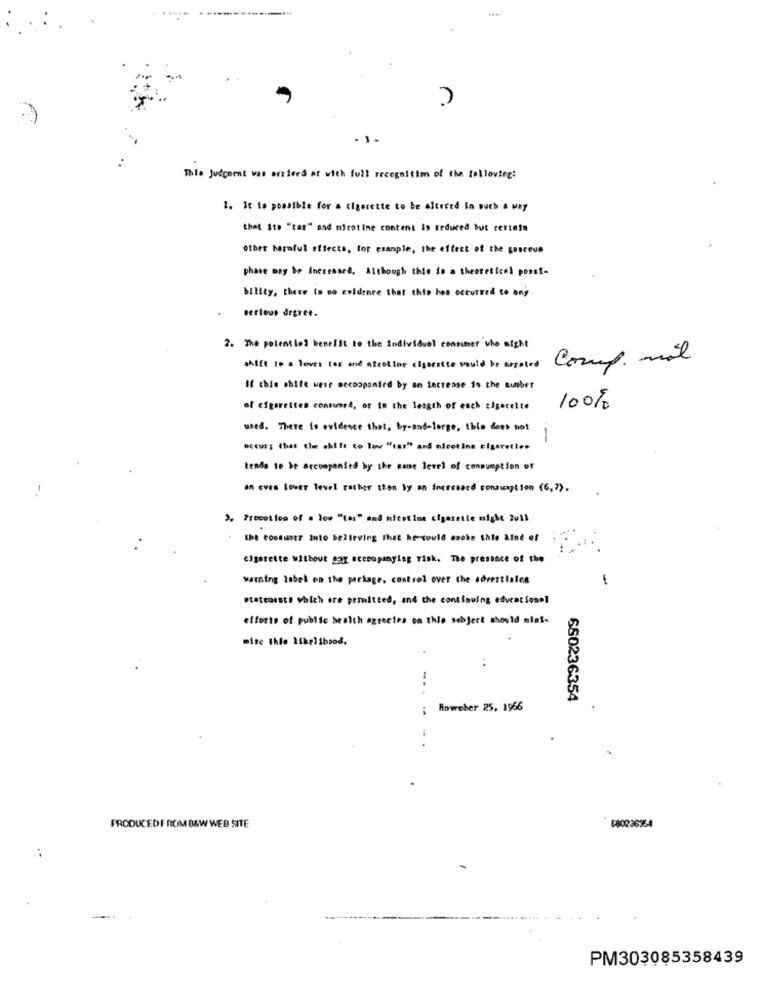
This judgment was arrived at with full recognition of the Following:
1. It to possible for a Cigarette to be altered in such a way
that Ste "car" and nicotine content Is reduced but certain
other harmful effects, for example, the effect of the goscous
phase may be Increased, Although this is a theoretical possi-
bility, there is no coldence that this has occurred to any
serieus degree.
2. The potential benefit to the individual consumer who might
Comp. mil
shift to a loves tor and atcoline cigarette would be arpoled
If this shift were secoapanird by an increase 10 the sunber
of cigarettes consumed, or in the length of each elgerette
100%
wed. There to evidence that, by-and-Jorge, this does not
----
occur; that the ahlfe co lov "(as" and nicotine cigarettes
tends to be accompanied by the same level of consumption of
an eves lower level rather than by an incresacd consumption (6,7).
3. Precottoo of . low "tar" and nicotine cigarette might 2vil
the tootuner into believing that he could socke this kind of
cigarette without pay ocenapanying Tisk. The presence of the
warning tabel on the package, control over the advertlafen
-
statensste which are permitted, and the continuing educationnl
efforts of public health agencies on this subject should nlas-
mine thie likelibpod.
..
660236354
:
Roweber 25, 1966
PRODUCEDFROM B&W WEB SITE
: 680236364
PM303085358439